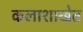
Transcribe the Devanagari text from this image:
कलाशाखेत